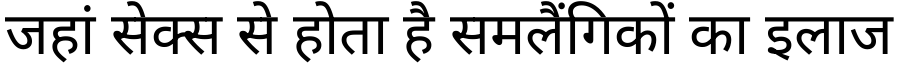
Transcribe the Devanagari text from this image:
जहां सेक्स से होता है समलैंगिकों का इलाज